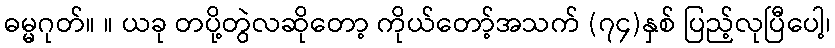
ဓမ္မဂုတ်။ ။ ယခု တပို့တွဲလဆိုတော့ ကိုယ်တော့်အသက် (၇၄)နှစ် ပြည့်လုပြီပေါ့၊